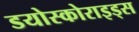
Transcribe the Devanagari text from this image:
डयोस्कोराइड्स